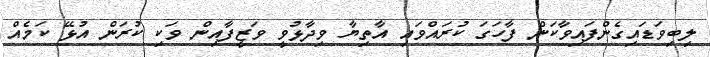
ލިބިވަޑައިގެންފައިވާކަން ފާހަގަ ކުރައްވައި އާތިޔާ ވިދާޅުވީ ވަޒީފާއިން ވަކި ކުރަން އުޅޭ ކަމެއް